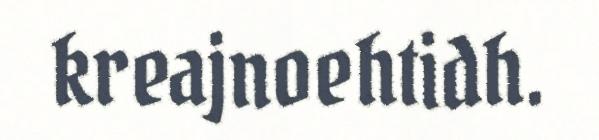
kreajnoehtidh.